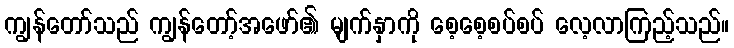
ကျွန်တော်သည် ကျွန်တော့်အဖော်၏ မျက်နှာကို စေ့စေ့စပ်စပ် လေ့လာကြည့်သည်။